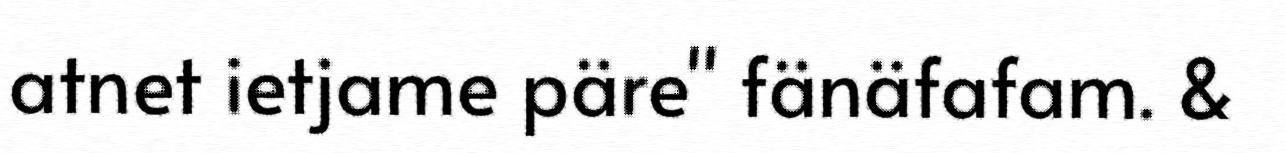
atnet ietjame päre" fänäfafam. &